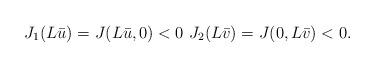
LaTeX: \begin{gather*}J_1(L\bar{u})=J(L\bar{u},0)<0 \,\,J_2(L\bar{v})=J(0,L\bar{v})<0.\end{gather*}